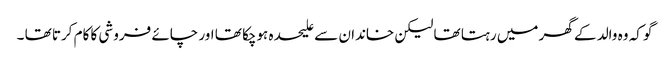
گو کہ وہ والد کے گھر میں رہتا تھا لیکن خاندان سے علیحدہ ہوچکا تھا اور چائے فروشی کا کام کرتا تھا ۔